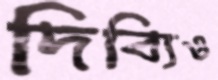
দিব্যিও